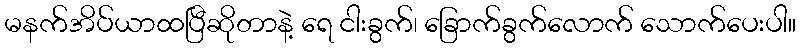
မနက်အိပ်ယာထပြီဆိုတာနဲ့ ရေ ငါးခွက်၊ ခြောက်ခွက်လောက် သောက်ပေးပါ။